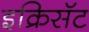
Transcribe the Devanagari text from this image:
इक्रिसॅट